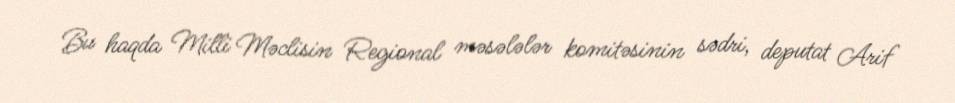
Bu haqda Milli Məclisin Regional məsələlər komitəsinin sədri, deputat Arif